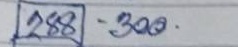
288 - 300